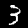
Label: 3